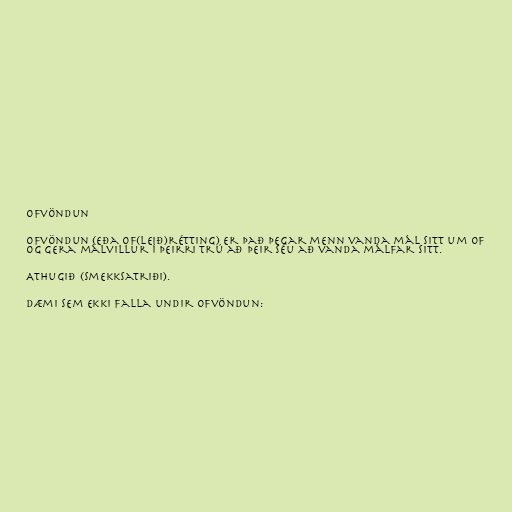
Ofvöndun

Ofvöndun (eða of(leið)rétting) er það þegar menn vanda mál sitt um of
og gera málvillur í þeirri trú að þeir séu að vanda málfar sitt.

Athugið (smekksatriði).

Dæmi sem ekki falla undir ofvöndun: